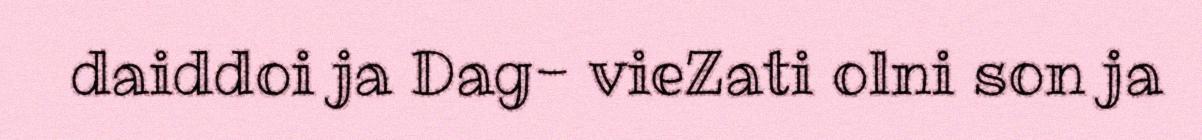
daiddoi ja Dag- vieZati olni son ja